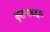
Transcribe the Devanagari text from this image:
कुराणाबद्दल